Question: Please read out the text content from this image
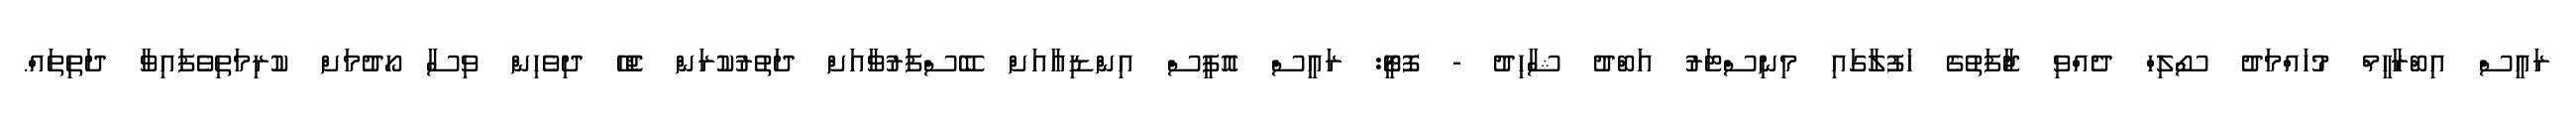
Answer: ރައީސް އިބްރާހީމް މުހައްމަދު ސޯލިހް ދެއްވި ޖާފަތުގެ ހަފުލާގައި މިނިސްޓަރު އަބްދު ޝާހިދު - ފޮޓީޯ: ރައީސް އޮފީސް އިންޑިއާއަށް ބޭސްފަރުވާއަށް ދަތުރުކުރަން ޖެހޭ ދިވެހިން ވިސާ ހޯދުމަށް ކުރިމަތިވެފައިވާ ދަތިތައް.